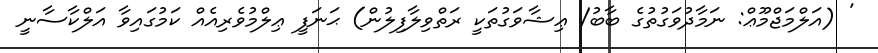
' (އަލްމަޖްމޫޢް: ނަމާދުވަގުތުގެ ބާބު/ ޢިޝާވަގުތަކީ ރަތްވިލާފިލުން) ޙަނަފީ ޢިލްމުވެރިއެއް ކަމުގައިވާ އަލްކާސާނީ